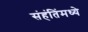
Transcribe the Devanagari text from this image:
संहंतिंमध्ये